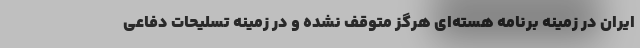
ایران در زمینه برنامه هسته‌ای هرگز متوقف نشده و در زمینه تسلیحات دفاعی